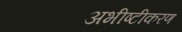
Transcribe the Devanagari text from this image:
अभीष्टीकरण